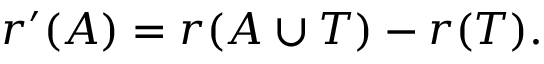
r ^ { \prime } ( A ) = r ( A \cup T ) - r ( T ) .